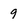
Character: 9